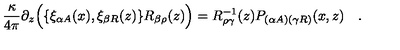
{ \frac { \kappa } { 4 \pi } } \partial _ { z } \Bigl ( \{ \xi _ { \alpha A } ( x ) , \xi _ { \beta R } ( z ) \} R _ { \beta \rho } ( z ) \Bigr ) = R _ { \rho \gamma } ^ { - 1 } ( z ) P _ { ( \alpha A ) ( \gamma R ) } ( x , z ) \quad .